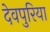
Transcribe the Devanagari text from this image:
देवपुरिया